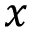
x